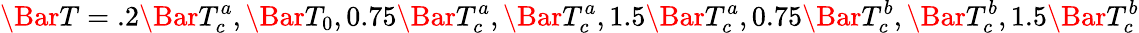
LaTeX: \Bar{T}=.2\Bar{T}_{c}^{a},\Bar{T}_{0},0.75\Bar{T}_{c}^{a},\Bar{T}_{c}^{a},1.5\Bar{T}_{c}^{a},0.75\Bar{T}_{c}^{b},\Bar{T}_{c}^{b},1.5\Bar{T}_{c}^{b}